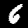
Label: 6